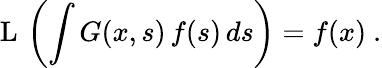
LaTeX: \operatorname{L}\, \left(\int G(x,s)\, f(s)\, ds\right)=f(x)~.